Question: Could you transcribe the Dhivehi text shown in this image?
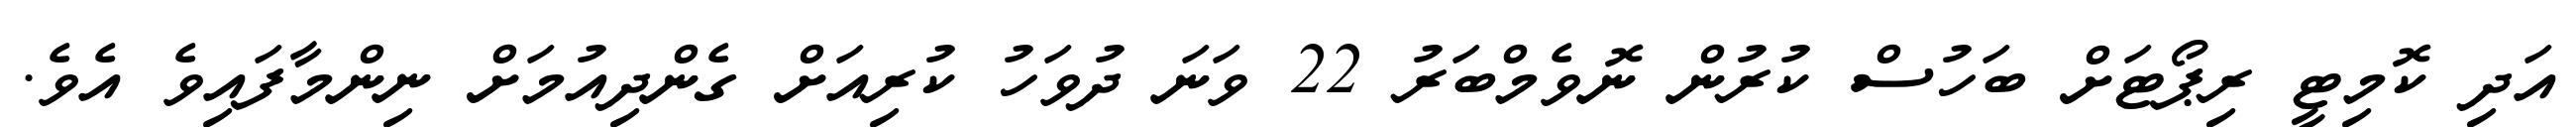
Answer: އަދި ކޮމިޓީ ރިޕޯޓަށް ބަހުސް ކުރުން ނޮވެމްބަރު 22 ވަނަ ދުވަހު ކުރިއަށް ގެންދިއުމަށް ނިންމާފައިވެ އެވެ.